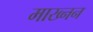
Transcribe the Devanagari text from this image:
माख्नन